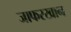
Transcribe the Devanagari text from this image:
जाफरखान